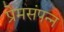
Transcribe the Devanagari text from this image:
प्रेमसंपन्न